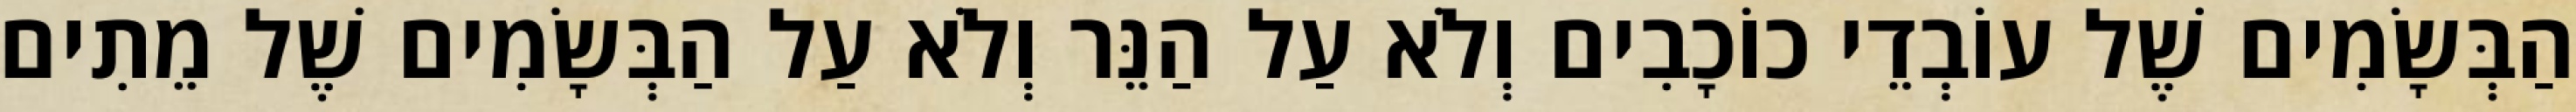
הַבְּשָׂמִים שֶׁל עוֹבְדֵי כוֹכָבִים וְלֹא עַל הַנֵּר וְלֹא עַל הַבְּשָׂמִים שֶׁל מֵתִים